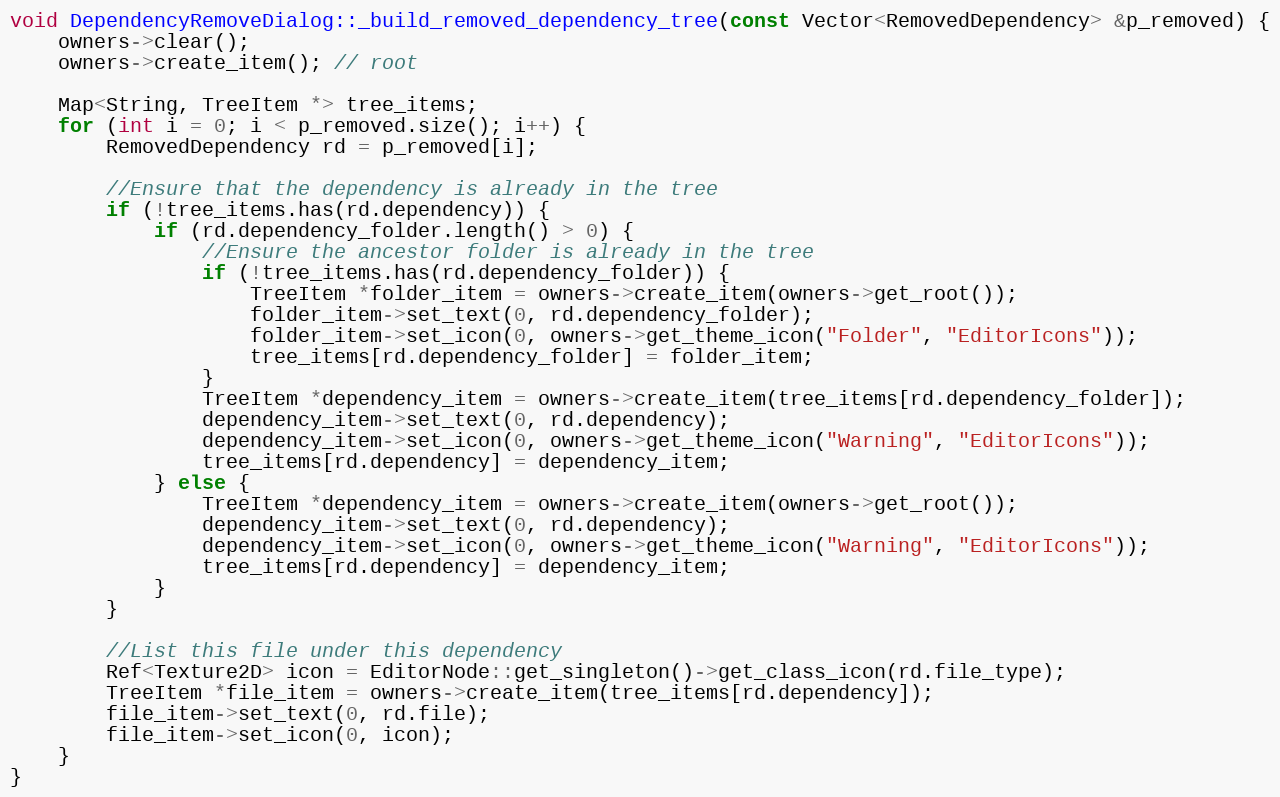
Language: C++
void DependencyRemoveDialog::_build_removed_dependency_tree(const Vector<RemovedDependency> &p_removed) {
	owners->clear();
	owners->create_item(); // root

	Map<String, TreeItem *> tree_items;
	for (int i = 0; i < p_removed.size(); i++) {
		RemovedDependency rd = p_removed[i];

		//Ensure that the dependency is already in the tree
		if (!tree_items.has(rd.dependency)) {
			if (rd.dependency_folder.length() > 0) {
				//Ensure the ancestor folder is already in the tree
				if (!tree_items.has(rd.dependency_folder)) {
					TreeItem *folder_item = owners->create_item(owners->get_root());
					folder_item->set_text(0, rd.dependency_folder);
					folder_item->set_icon(0, owners->get_theme_icon("Folder", "EditorIcons"));
					tree_items[rd.dependency_folder] = folder_item;
				}
				TreeItem *dependency_item = owners->create_item(tree_items[rd.dependency_folder]);
				dependency_item->set_text(0, rd.dependency);
				dependency_item->set_icon(0, owners->get_theme_icon("Warning", "EditorIcons"));
				tree_items[rd.dependency] = dependency_item;
			} else {
				TreeItem *dependency_item = owners->create_item(owners->get_root());
				dependency_item->set_text(0, rd.dependency);
				dependency_item->set_icon(0, owners->get_theme_icon("Warning", "EditorIcons"));
				tree_items[rd.dependency] = dependency_item;
			}
		}

		//List this file under this dependency
		Ref<Texture2D> icon = EditorNode::get_singleton()->get_class_icon(rd.file_type);
		TreeItem *file_item = owners->create_item(tree_items[rd.dependency]);
		file_item->set_text(0, rd.file);
		file_item->set_icon(0, icon);
	}
}